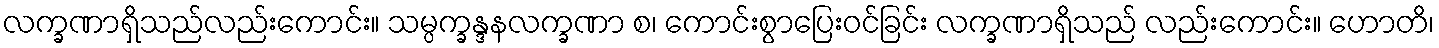
လက္ခဏာရှိသည်လည်းကောင်း။ သမ္ပက္ခန္ဒနလက္ခဏာ စ၊ ကောင်းစွာပြေးဝင်ခြင်း လက္ခဏာရှိသည် လည်းကောင်း။ ဟောတိ၊